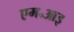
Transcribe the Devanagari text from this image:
एम॰आइ